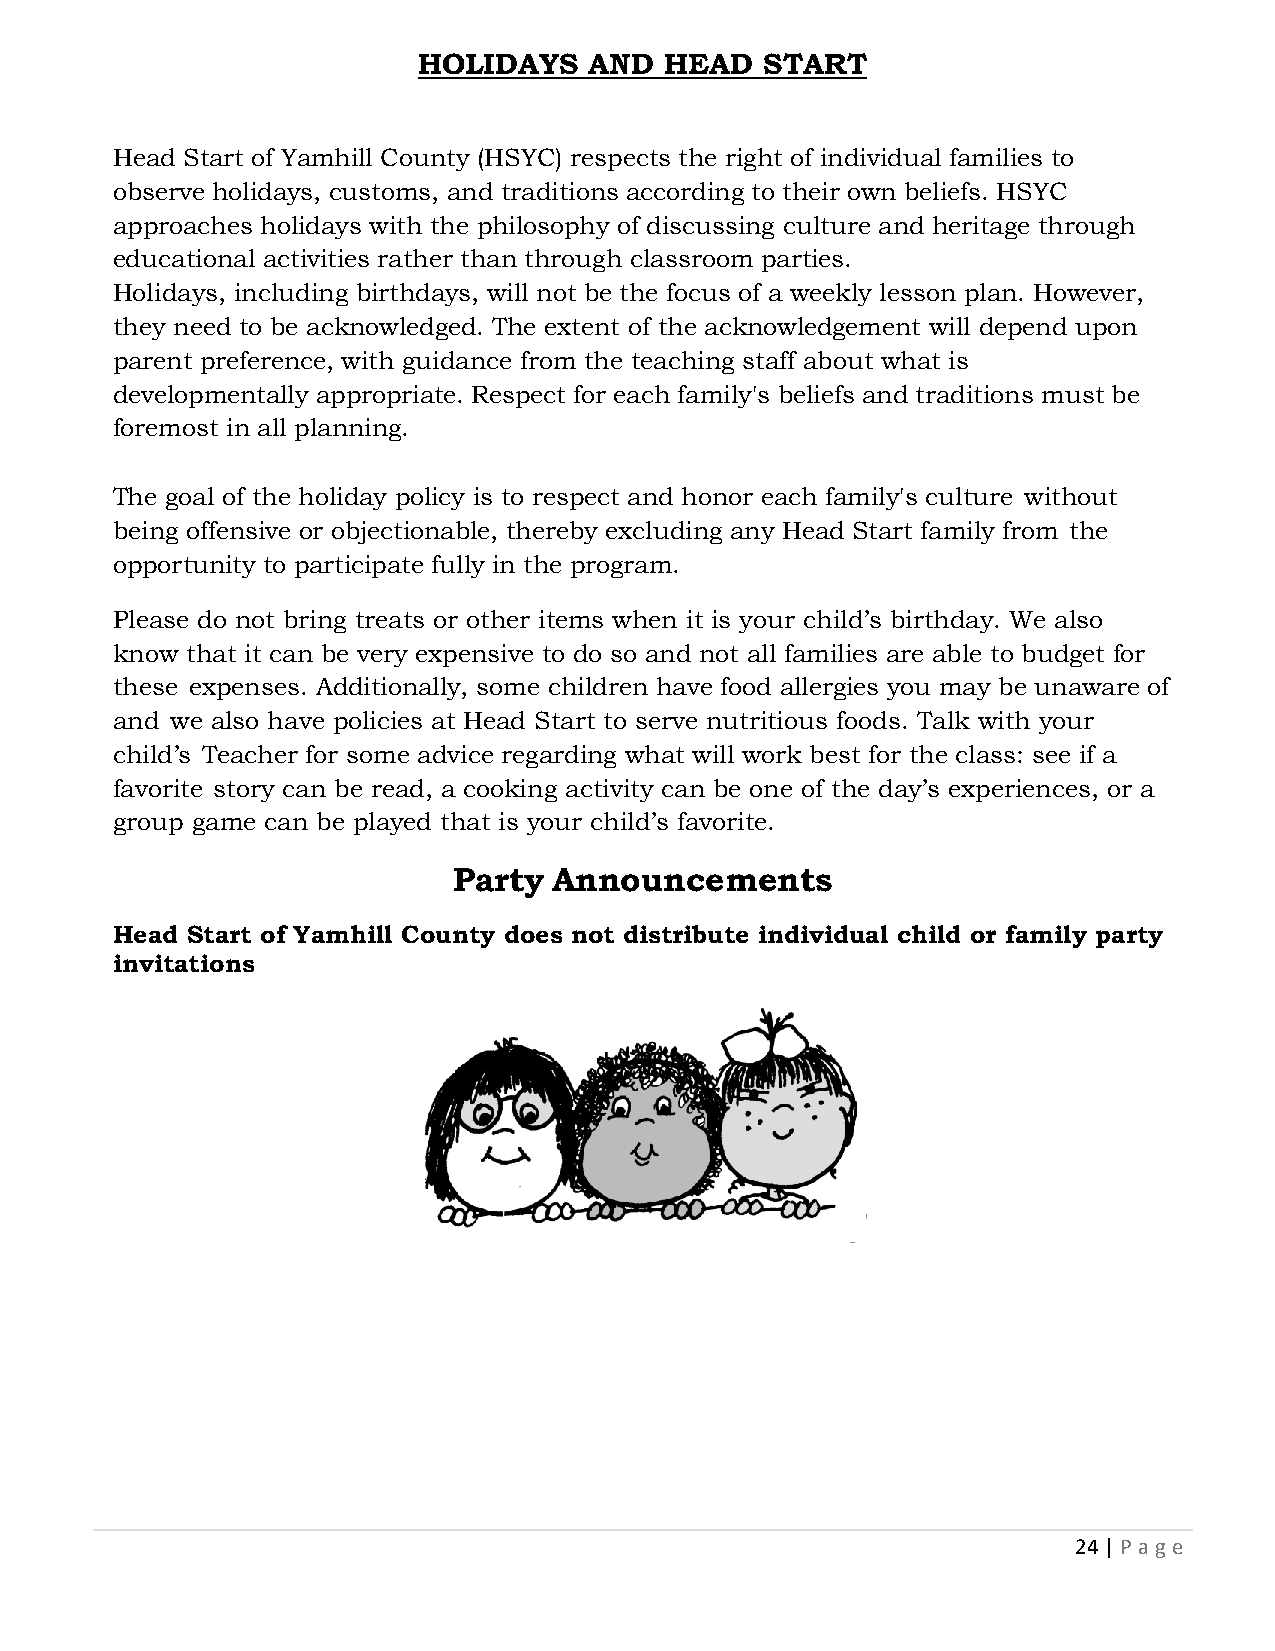
HOLIDAYS   AND  HEAD   START
 Head Start of Yamhill County (HSYC) respects the right of individual families to
 observe holidays, customs, and traditions according to their own beliefs. HSYC
 approaches holidays with the philosophy of discussing culture and heritage through
 educational activities rather than through classroom parties.
 Holidays, including birthdays, will not be the focus of a weekly lesson plan. However,
 they need to be acknowledged. The extent of the acknowledgement will depend upon
 parent preference, with guidance from the teaching staff about what is
 developmentally appropriate. Respect for each family's beliefs and traditions must be
 foremost in all planning.
 The goal of the holiday policy is to respect and honor each family's culture without
 being offensive or objectionable, thereby excluding any Head Start family from the
 opportunity to participate fully in the program.
 Please do not bring treats or other items when it is your child’s birthday. We also
 know that it can be very expensive to do so and not all families are able to budget for
 these expenses. Additionally, some children have food allergies you may be unaware of
 and we also have policies at Head Start to serve nutritious foods. Talk with your
 child’s Teacher for some advice regarding what will work best for the class: see if a
 favorite story can be read, a cooking activity can be one of the day’s experiences, or a
 group game can be played that is your child’s favorite.
 Party  Announcements
 Head Start of Yamhill County does not distribute individual child or family party
 invitations
 24 | P age